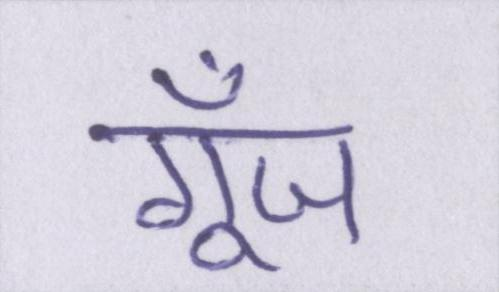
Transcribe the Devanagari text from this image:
गूँज